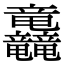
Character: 𮄿